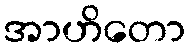
အာဟိတော